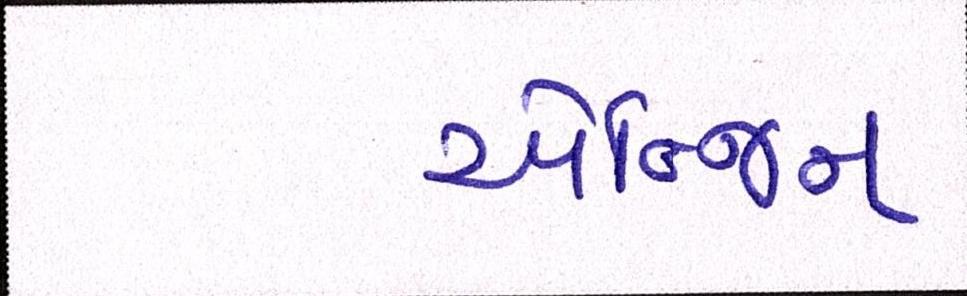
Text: એન્જિન